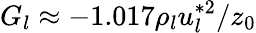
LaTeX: G_{l}\approx-1.017\rho_{l}u_{l}^{*2}/z_{0}